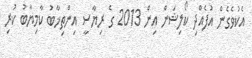
އެކުވެގެން އުފެއްދި ކޯލިޝަން އިން 2013 ގެ ރިޔާސީ އިންތިޚާބު ކާމިޔާބު ކުރި